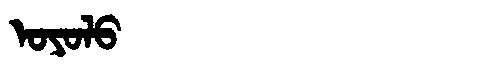
Manchu: ᠣᠶᠣᠯᠣ
Romanization: OYOLO